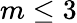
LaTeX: m\le 3